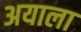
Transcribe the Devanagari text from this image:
अयाला